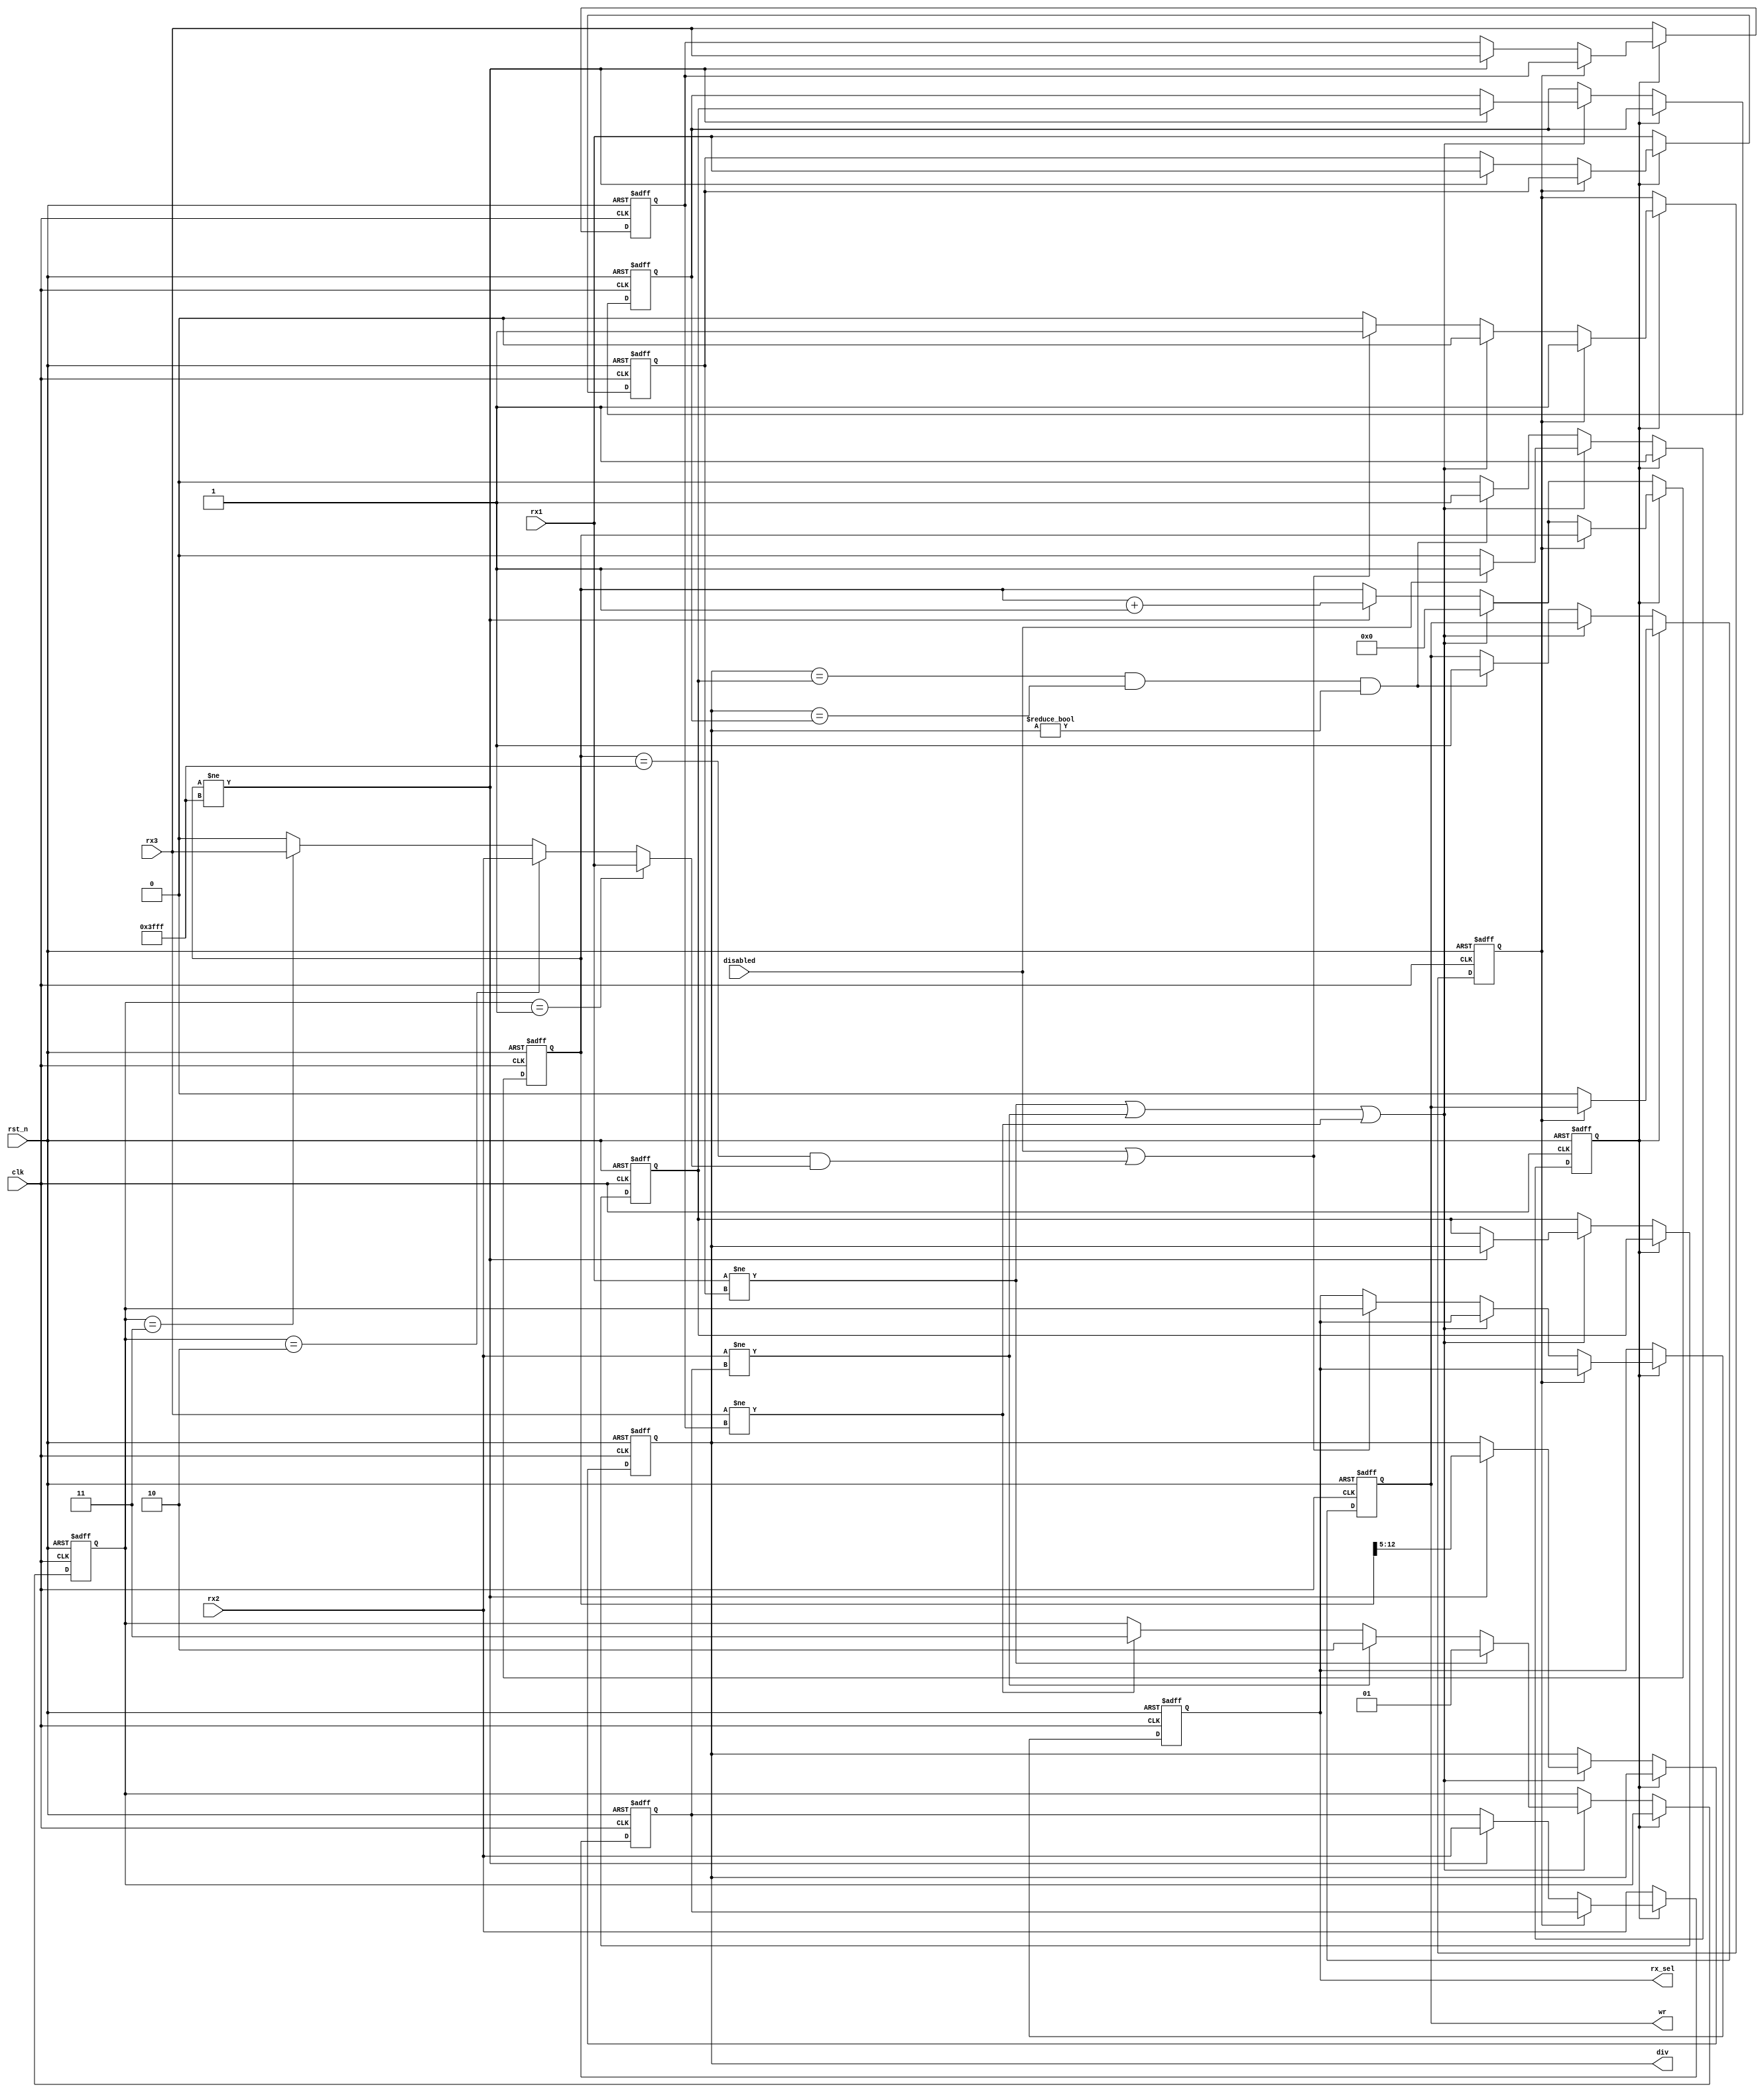
/*
================================================================================
debug_autobaud:   Debug Auto Baud Rate Detector

Copyright 2024 by Ken Pettit <pettitkd@gmail.com>

Redistribution and use in source and binary forms, with or without
modification, are permitted provided that the following conditions
are met:
1. Redistributions of source code must retain the above copyright
   notice, this list of conditions and the following disclaimer.
2. Redistributions in binary form must reproduce the above copyright
   notice, this list of conditions and the following disclaimer in the
   documentation and/or other materials provided with the distribution.

THIS SOFTWARE IS PROVIDED BY THE AUTHOR AND CONTRIBUTORS ``AS IS'' AND
ANY EXPRESS OR IMPLIED WARRANTIES, INCLUDING, BUT NOT LIMITED TO, THE
IMPLIED WARRANTIES OF MERCHANTABILITY AND FITNESS FOR A PARTICULAR PURPOSE
ARE DISCLAIMED.  IN NO EVENT SHALL THE AUTHOR OR CONTRIBUTORS BE LIABLE
FOR ANY DIRECT, INDIRECT, INCIDENTAL, SPECIAL, EXEMPLARY, OR CONSEQUENTIAL
DAMAGES (INCLUDING, BUT NOT LIMITED TO, PROCUREMENT OF SUBSTITUTE GOODS
OR SERVICES; LOSS OF USE, DATA, OR PROFITS; OR BUSINESS INTERRUPTION)
HOWEVER CAUSED AND ON ANY THEORY OF LIABILITY, WHETHER IN CONTRACT, STRICT
LIABILITY, OR TORT (INCLUDING NEGLIGENCE OR OTHERWISE) ARISING IN ANY WAY
OUT OF THE USE OF THIS SOFTWARE, EVEN IF ADVISED OF THE POSSIBILITY OF
SUCH DAMAGE.

================================================================================
*/

module debug_autobaud
(
   // Timing and reset inputs
   input  wire                clk,              // System clock 
   input  wire                rst_n,            // Active low reset

   input  wire                disabled,         // Input bit to disable
   input  wire                rx1,              // RX input 1
   input  wire                rx2,              // RX input 2
   input  wire                rx3,              // RX input 3
   output reg                 wr,               // Write the baud rate
   output wire [7:0]          div,              // The divisor
   output reg  [1:0]          rx_sel            // Selected RX input
);

   reg               s_div_found;               // Indicates if division found
   reg [13:0]        s_pulse_width;             // Pulse width in clks
   reg [7:0]         s_bit_div1;
   reg [7:0]         s_bit_div2;
   reg [7:0]         s_bit_div3;
   reg               s_last_rx1;                // Last registered value of rx
   reg               s_last_rx2;                // Last registered value of rx
   reg               s_last_rx3;                // Last registered value of rx
   reg [1:0]         s_rx_sel;                  // Last registered value of rx
   reg               s_done;
   wire              s_sel_rx;

   assign div = s_bit_div1;                     // Use any of the calculated divs
   assign s_sel_rx = s_rx_sel == 2'h1 ? rx1 : s_rx_sel == 2'h2 ? rx2 : s_rx_sel == 2'h3 ? rx3 : 1'b0;

   always @(posedge clk or negedge rst_n)
   begin
      if (~rst_n)
      begin
         s_div_found    <= 1'b0;                // Baud rate not found
         wr             <= 1'b0;
         s_bit_div1     <= 8'h0;
         s_bit_div2     <= 8'h0;
         s_bit_div3     <= 8'h0;
         s_pulse_width  <= 14'h0;
         s_last_rx1     <= 1'b0;
         s_last_rx2     <= 1'b0;
         s_last_rx3     <= 1'b0;
         rx_sel         <= 2'h0;
         s_rx_sel       <= 2'h0;
         s_done         <= 1'b0;
      end
      else
      begin
         if (s_div_found == 1'b0)
         begin
            // Create an edge detector for rx
            s_last_rx1 <= rx1;
            s_last_rx2 <= rx2;
            s_last_rx3 <= rx3;

            // Test for change on any of the potential RX inputs
            if ((rx1 != s_last_rx1) || (rx2 != s_last_rx2) || (rx3 != s_last_rx3))
            begin
               // Choose the rx_sel
               if (rx1 != s_last_rx1)
                  s_rx_sel <= 2'h1;
               else if (rx2 != s_last_rx2)
                  s_rx_sel <= 2'h2;
               else if (rx3 != s_last_rx3)
                  s_rx_sel <= 2'h3;

               // Test if auto-baud detector is disabled
               if (disabled)
                  s_div_found <= 1'b1;

               // Reset the pulse width counter
               s_pulse_width <= 14'h0;
               
               // If this is a valid pulse, then save the last 3 pulses
               if (s_pulse_width != 14'h3FFF)
               begin
                  // Save the new pulse divider and shift the others
                  s_bit_div1 <= s_pulse_width[12 -: 8];
                  s_bit_div2 <= s_bit_div1;
                  s_bit_div3 <= s_bit_div2;
               end
            end
            else
            begin
               // Create a pulse width counter
               if (s_pulse_width != 14'h3FFF)
                  s_pulse_width <= s_pulse_width + 1;

               // Test for 3 equivalent divisors
               if (s_bit_div1 == s_bit_div2 && s_bit_div1 == s_bit_div3 &&
                   s_bit_div1 != 8'h0)
               begin
                  // We found the divisor
                  s_div_found <= 1'b1;

                  // Write the divisor to the baud rate generator
                  wr <= 1'b1;
               end
            end
         end
         else if (!s_done)
         begin
            // We found the pulse.  Now wait for the end of the data byte
            // before updating rx_sel 
            wr <= 1'b0;

            // If pulse width not max, then track RX changes
            if (s_pulse_width != 14'h3FFF)
            begin
               s_last_rx1 <= rx1;
               s_last_rx2 <= rx2;
               s_last_rx3 <= rx3;
            end

            if ((rx1 != s_last_rx1) || (rx2 != s_last_rx2) || (rx3 != s_last_rx3))
            begin
               // Reset the pulse width counter
               if (!s_done)
                  s_pulse_width <= 14'h0;
            end
            else
            begin
               // Create a pulse width counter
               if (s_pulse_width != 14'h3FFF)
                  s_pulse_width <= s_pulse_width + 1;

               // When pulse_width is max, update rx_sel
               if (disabled || (s_pulse_width == 14'h3FFF && s_sel_rx == 1'b1))
               begin
                  rx_sel <= s_rx_sel;
                  s_done   <= 1'b1;
               end
            end
         end
      end
   end

endmodule